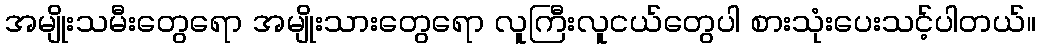
အမျိုးသမီးတွေရော အမျိုးသားတွေရော လူကြီးလူငယ်တွေပါ စားသုံးပေးသင့်ပါတယ်။